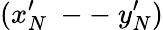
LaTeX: (x_{N}^{\prime}\mathrm{~--~}y_{N}^{\prime})